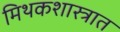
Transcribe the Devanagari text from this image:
मिथकशास्त्रात